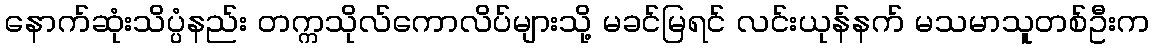
နောက်ဆုံးသိပ္ပံနည်း တက္ကသိုလ်ကောလိပ်များသို့ မခင်မြရင် လင်းယုန်နက် မသမာသူတစ်ဦးက